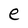
Character: e